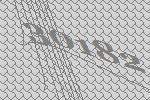
30182